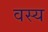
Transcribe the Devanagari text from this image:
वस्य